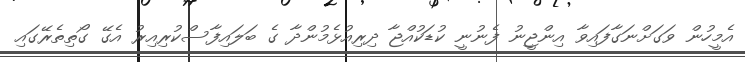
އެމީހުން ވަގަށްނަގާފައިވާ އިންޖީނު ފެނުނީ ކުޑަކުއްޖާ ދިރިއުޅެމުންދާ ގެ ބަލައިފާސްކުރިއިރު އެގޭ ގޯތިތެރޭގައި